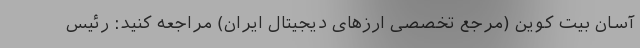
آسان بیت کوین (مرجع تخصصی ارزهای دیجیتال ایران) مراجعه کنید: رئیس